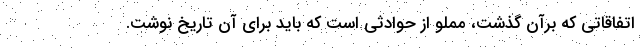
اتفاقاتی که برآن گذشت، مملو از حوادثی است که باید برای آن تاریخ نوشت.